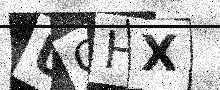
Text: UCHX